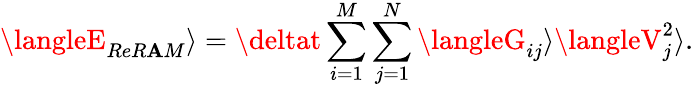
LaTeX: \langleE_{ReR\mathbf{A}M}\rangle=\deltat\sum_{i=1}^{M}\sum_{j=1}^{N}\langleG_{ij}\rangle\langleV_{j}^{2}\rangle.